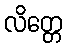
လိတ္တေ